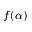
f ( \alpha )